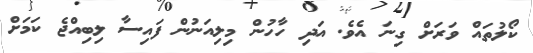
ކޯލުތައް ވަރަށް ގިނަ އެވެ. އަދި ހާހުން މިލިއަނުން ފައިސާ ލިބިއްޖެ ކަމަށް